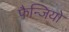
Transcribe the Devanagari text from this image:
फैन्जियो